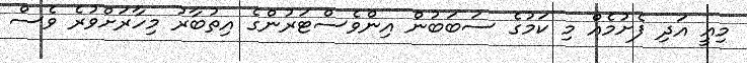
މިއީ އަދި ފެށުމެއް މި ކަމުގެ ސަބަބުން އިންވެސްޓަރުންގެ އިތުބާރު މިހާރަށްވުރެ ވެސް